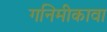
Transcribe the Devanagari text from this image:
गनिमीकावा